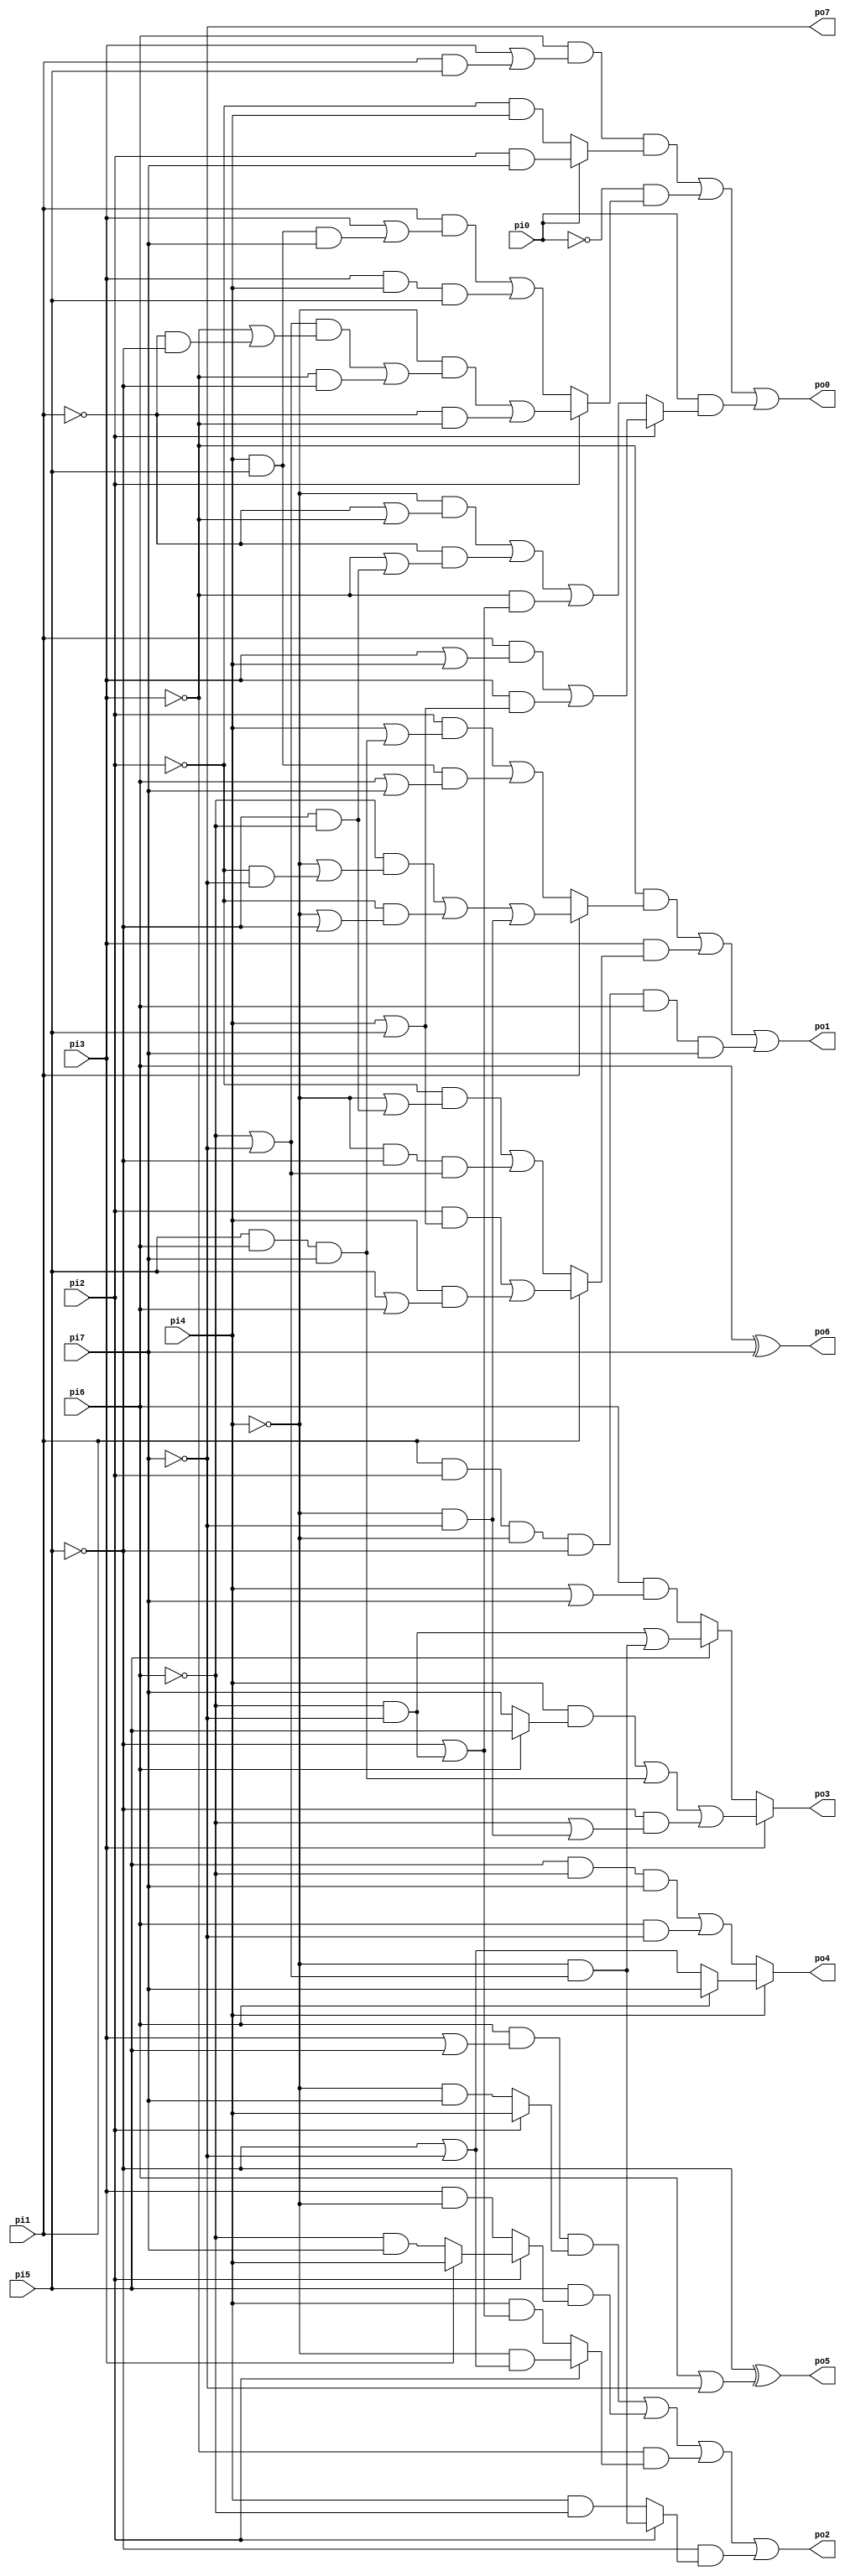
// Benchmark "f51m" written by ABC on Thu Mar 19 13:02:36 2020

module f51m ( 
    pi0, pi1, pi2, pi3, pi4, pi5, pi6, pi7,
    po0, po1, po2, po3, po4, po5, po6, po7  );
  input  pi0, pi1, pi2, pi3, pi4, pi5, pi6, pi7;
  output po0, po1, po2, po3, po4, po5, po6, po7;
  wire new_n25_, new_n26_, new_n27_, new_n28_, new_n29_, new_n30_, new_n31_,
    new_n32_;
  assign po0 = new_n25_;
  assign po1 = new_n26_;
  assign po2 = new_n27_;
  assign po3 = new_n28_;
  assign po4 = new_n29_;
  assign po5 = new_n30_;
  assign po6 = new_n31_;
  assign po7 = new_n32_;
  assign new_n25_ = (pi6 & (pi3 | (pi1 & pi5)) & (pi0 ? (pi2 & pi7) : (~pi2 & pi4))) | (~pi0 & (pi2 ? ((~pi4 & (((~pi6 | ~pi7) & (~pi3 | (~pi1 & ~pi5))) | (~pi3 & ~pi5))) | (~pi1 & ~pi3)) : ((pi1 & (pi3 | (pi4 & pi5 & pi7))) | (pi3 & pi4 & pi5)))) | (pi0 & (pi2 ? ((pi1 & (pi3 | pi4)) | (pi3 & (pi4 | pi5))) : ((~pi4 & (~pi1 | ~pi3)) | (~pi1 & (~pi3 | (~pi5 & ~pi6))) | (~pi3 & (~pi5 | (~pi6 & ~pi7))))));
  assign new_n26_ = (~pi3 & (pi1 ? ((~pi6 & (~pi4 | (~pi2 & ~pi7))) | (~pi2 & (~pi4 | ~pi5)) | (~pi4 & ~pi7)) : ((pi2 & (pi4 | (pi5 & pi6 & pi7))) | (pi4 & pi5 & (pi6 | pi7))))) | (pi3 & (pi1 ? ((pi2 & (pi4 | pi5)) | (pi4 & (pi5 | pi6))) : ((~pi2 & (~pi4 | (~pi5 & ~pi6))) | (~pi4 & ~pi5 & (~pi6 | ~pi7))))) | (pi1 & pi2 & ~pi4 & ~pi5 & pi6 & pi7);
  assign new_n27_ = (pi6 & (pi3 | pi5) & (pi2 ? pi4 : (~pi4 & pi7))) | (pi5 & (pi2 ? (pi3 ? pi4 : (~pi6 & pi7)) : (pi3 & ~pi4))) | (~pi3 & (pi2 ? (~pi4 & (~pi5 | ~pi7)) : (pi4 & (~pi5 | (~pi6 & ~pi7))))) | (~pi5 & (pi2 ? (~pi4 & (~pi6 | ~pi7)) : (pi4 & ~pi6)));
  assign new_n28_ = pi3 ? ((pi4 & (pi6 ? pi5 : pi7)) | (pi5 & pi6 & pi7) | (~pi5 & (~pi6 | (~pi4 & ~pi7)))) : (pi5 ? ((~pi6 & ~pi7) | (~pi4 & (~pi6 | ~pi7))) : (pi6 & (pi4 | pi7)));
  assign new_n29_ = pi4 ? (pi6 ? pi7 : (~pi5 | ~pi7)) : ((pi5 & ~pi6 & pi7) | (pi6 & ~pi7));
  assign new_n30_ = ~pi5 ^ (pi6 | ~pi7);
  assign new_n31_ = pi6 ^ pi7;
  assign new_n32_ = ~pi7;
endmodule